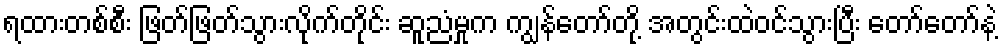
ရထားတစ်စီး ဖြတ်ဖြတ်သွားလိုက်တိုင်း ဆူညံမှုက ကျွန်တော်တို့ အတွင်းထဲဝင်သွားပြီး တော်တော်နဲ့